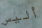
أليس